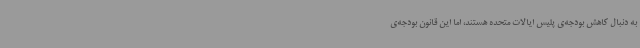
به دنبال کاهش بودجه‌ی پلیس ایالات متحده هستند، اما این قانون بودجه‌ی